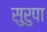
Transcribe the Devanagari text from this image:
सुरुपा